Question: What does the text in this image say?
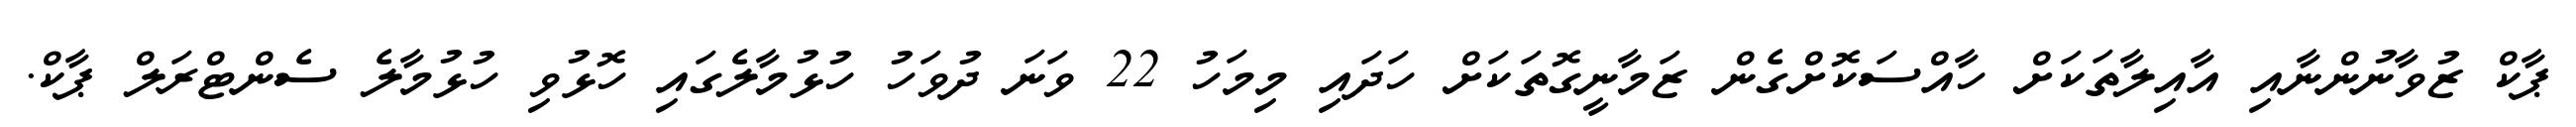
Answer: ޕާކް ޒުވާނުންނާއި އާއިލާތަކަށް ހާއްސަކޮށްގެން ޒަމާނީގޮތަކަށް ހަދައި މިމަހު 22 ވަނަ ދުވަހު ހުޅުމާލެގައި ހޮޅުވި ހުޅުމާލެ ސެންޓްރަލް ޕާކް.